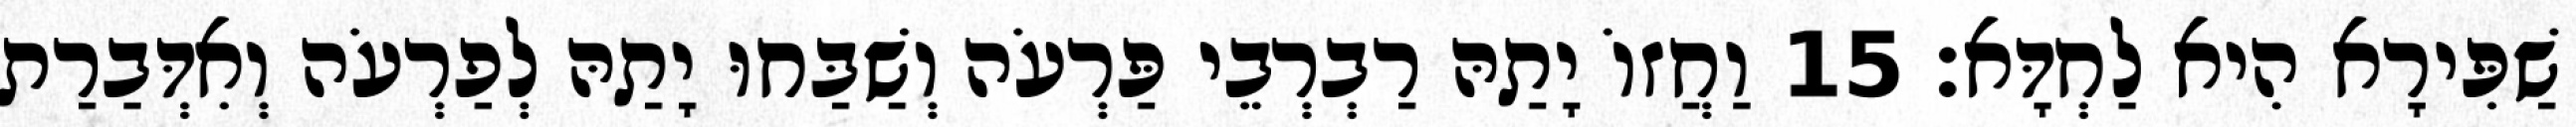
שַׁפִּירָא הִיא לַחְדָּא׃ 15 וַחֲזוֹ יָתַהּ רַבְרְבֵי פַּרְעֹה וְשַׁבַּחוּ יָתַהּ לְפַרְעֹה וְאִדְּבַרַת